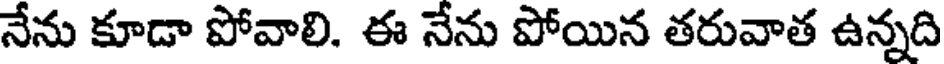
నేను కూడా పోవాలి. ఈ నేను పోయిన తరువాత ఉన్నది